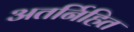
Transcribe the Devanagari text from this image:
अतर्निहित